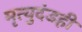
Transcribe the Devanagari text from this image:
मृत्युदंडही